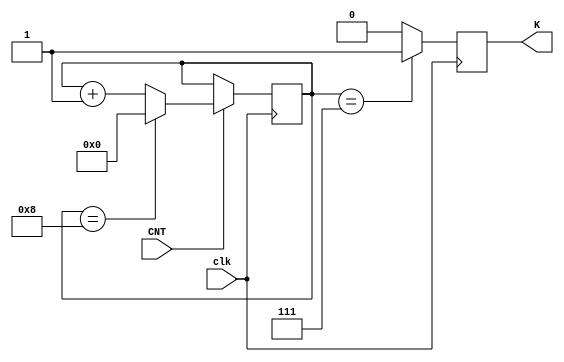
`define QuotNum 8 //`DVendNum-`DVsorNum

module upcounter_4bits
(
	input clk,
	input CNT,
	output reg K
);

reg [3:0] Count;

initial 
begin
	K = 1'd0;
	Count = 4'd0;
end


always @(posedge clk)
begin
	K = 1'd0;

	if(CNT)
	begin
		if (Count == `QuotNum) Count <= 4'd0;
		else Count <= Count + 4'd1;
	end
	else Count <= Count;
	
	if (Count == `QuotNum-1) K <= 1'd1;
end

endmodule